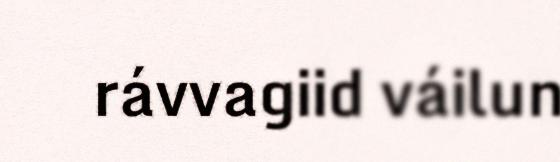
rávvagiid váilun